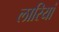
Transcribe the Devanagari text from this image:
लारियां